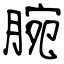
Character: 腕